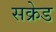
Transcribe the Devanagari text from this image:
सक्रेड